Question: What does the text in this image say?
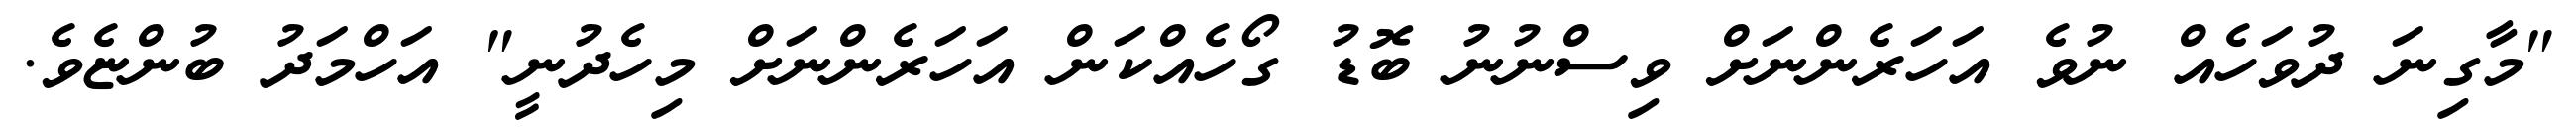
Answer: "މާގިނަ ދުވަހެއް ނުވެ އަހަރެންނަށް ވިސްނުނު ބޮޑު ގޯހެއްކަން އަހަރެންނަށް މިހެދުނީ" އަހްމަދު ބުންޏެވެ.